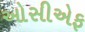
ઓસીએફ